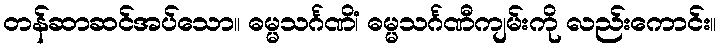
တန်ဆာဆင်အပ်သော။ ဓမ္မသင်္ဂဏိံ၊ ဓမ္မသင်္ဂဏီကျမ်းကို လည်းကောင်း။